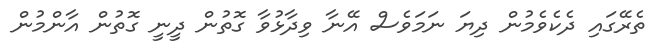
ތެރޭގައި ދެކެވެމުން ދިޔަ ނަމަވެސް އޭނާ ވިދާޅުވާ ގޮތުން ދީނީ ގޮތުން އާންމުން